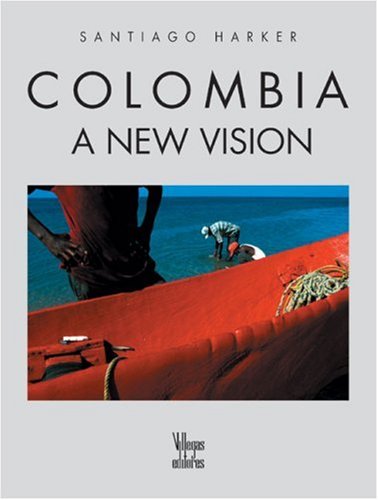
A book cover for Colombia: A New Vision; Santiago Harker; Travel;